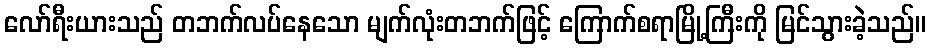
လော်ရီးယားသည် တဘက်လပ်နေသော မျက်လုံးတဘက်ဖြင့် ကြောက်စရာမြို့ကြီးကို မြင်သွားခဲ့သည်။